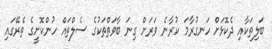
ބަލިތަކާއި ދެކޮޅަށް ހަނގުރާމަ ކުރާނެ ވަރަށް ގިނަ ބާވަތްތަކުގެ ސެލްތައް ހުންކޮށީގެ ތެރޭގައި